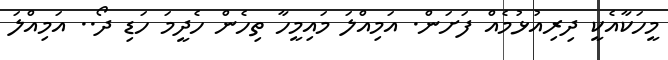
މީހަކާއެކީ ދިރިއުޅުމެއް ފަށަން. އަމިއްލަ މައިމީހާ ތިހެން ހެދީމަ ހަޑި ދޯ.. އަމިއްލަ